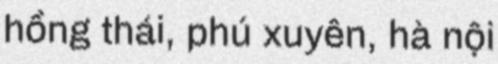
hồng thái, phú xuyên, hà nội